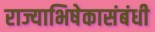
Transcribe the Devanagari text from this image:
राज्याभिषेकासंबंधी